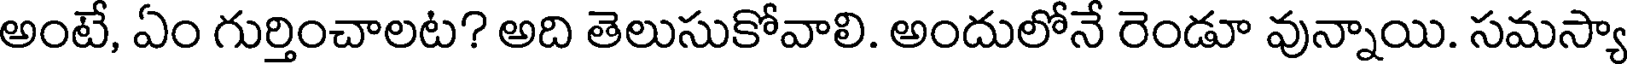
అంటే, ఏం గుర్తించాలట? అది తెలుసుకోవాలి. అందులోనే రెండూ వున్నాయి. సమస్యా